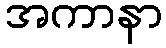
အကာနာ